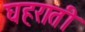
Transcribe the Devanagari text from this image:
घहराती